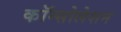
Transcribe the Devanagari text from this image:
कॉन्सोलेशन